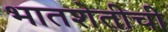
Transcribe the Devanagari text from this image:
भातशेतीची